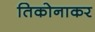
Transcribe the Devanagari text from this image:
तिकोनाकर